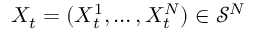
X _ { t } = ( X _ { t } ^ { 1 } , \ldots , X _ { t } ^ { N } ) \in \mathcal { S } ^ { N }